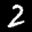
Label: 2